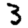
Digit: 3